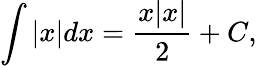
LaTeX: \int|x|dx={\frac{x|x|}{2}}+C,